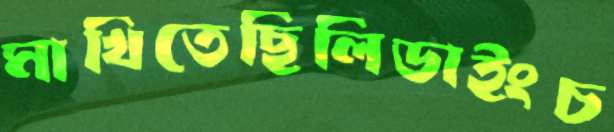
মাখিতেছিলিডাইংচ